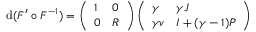
\mathrm { d } ( F ^ { \prime } \circ F ^ { - 1 } ) = \left( \begin{array} { l l } { 1 } & { 0 } \\ { 0 } & { R } \end{array} \right) \left( \begin{array} { l l } { \gamma } & { \gamma J } \\ { \gamma v } & { I + ( \gamma - 1 ) P } \end{array} \right)